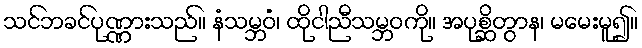
သင်ဘခင်ပုဏ္ဏားသည်။ နံသမ္ဘဝံ၊ ထိုငါညီသမ္ဘဝကို။ အပုစ္ဆိတွာန၊ မမေးမူ၍။